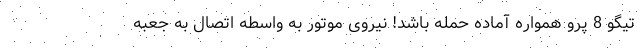
تیگو 8 پرو همواره آماده حمله باشد! نیروی موتور به واسطه اتصال به جعبه